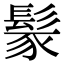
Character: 𩭐